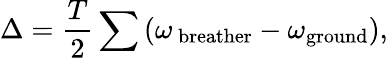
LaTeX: \Delta=\frac{T}{2}\sum\left(\omega_{\mathrm{\, breather}}-\omega_{\mathrm{ground}}\right),